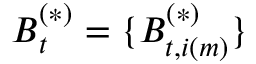
\boldsymbol { B } _ { t } ^ { ( * ) } = \{ B _ { t , i ( m ) } ^ { ( * ) } \}